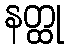
နတ္ထု